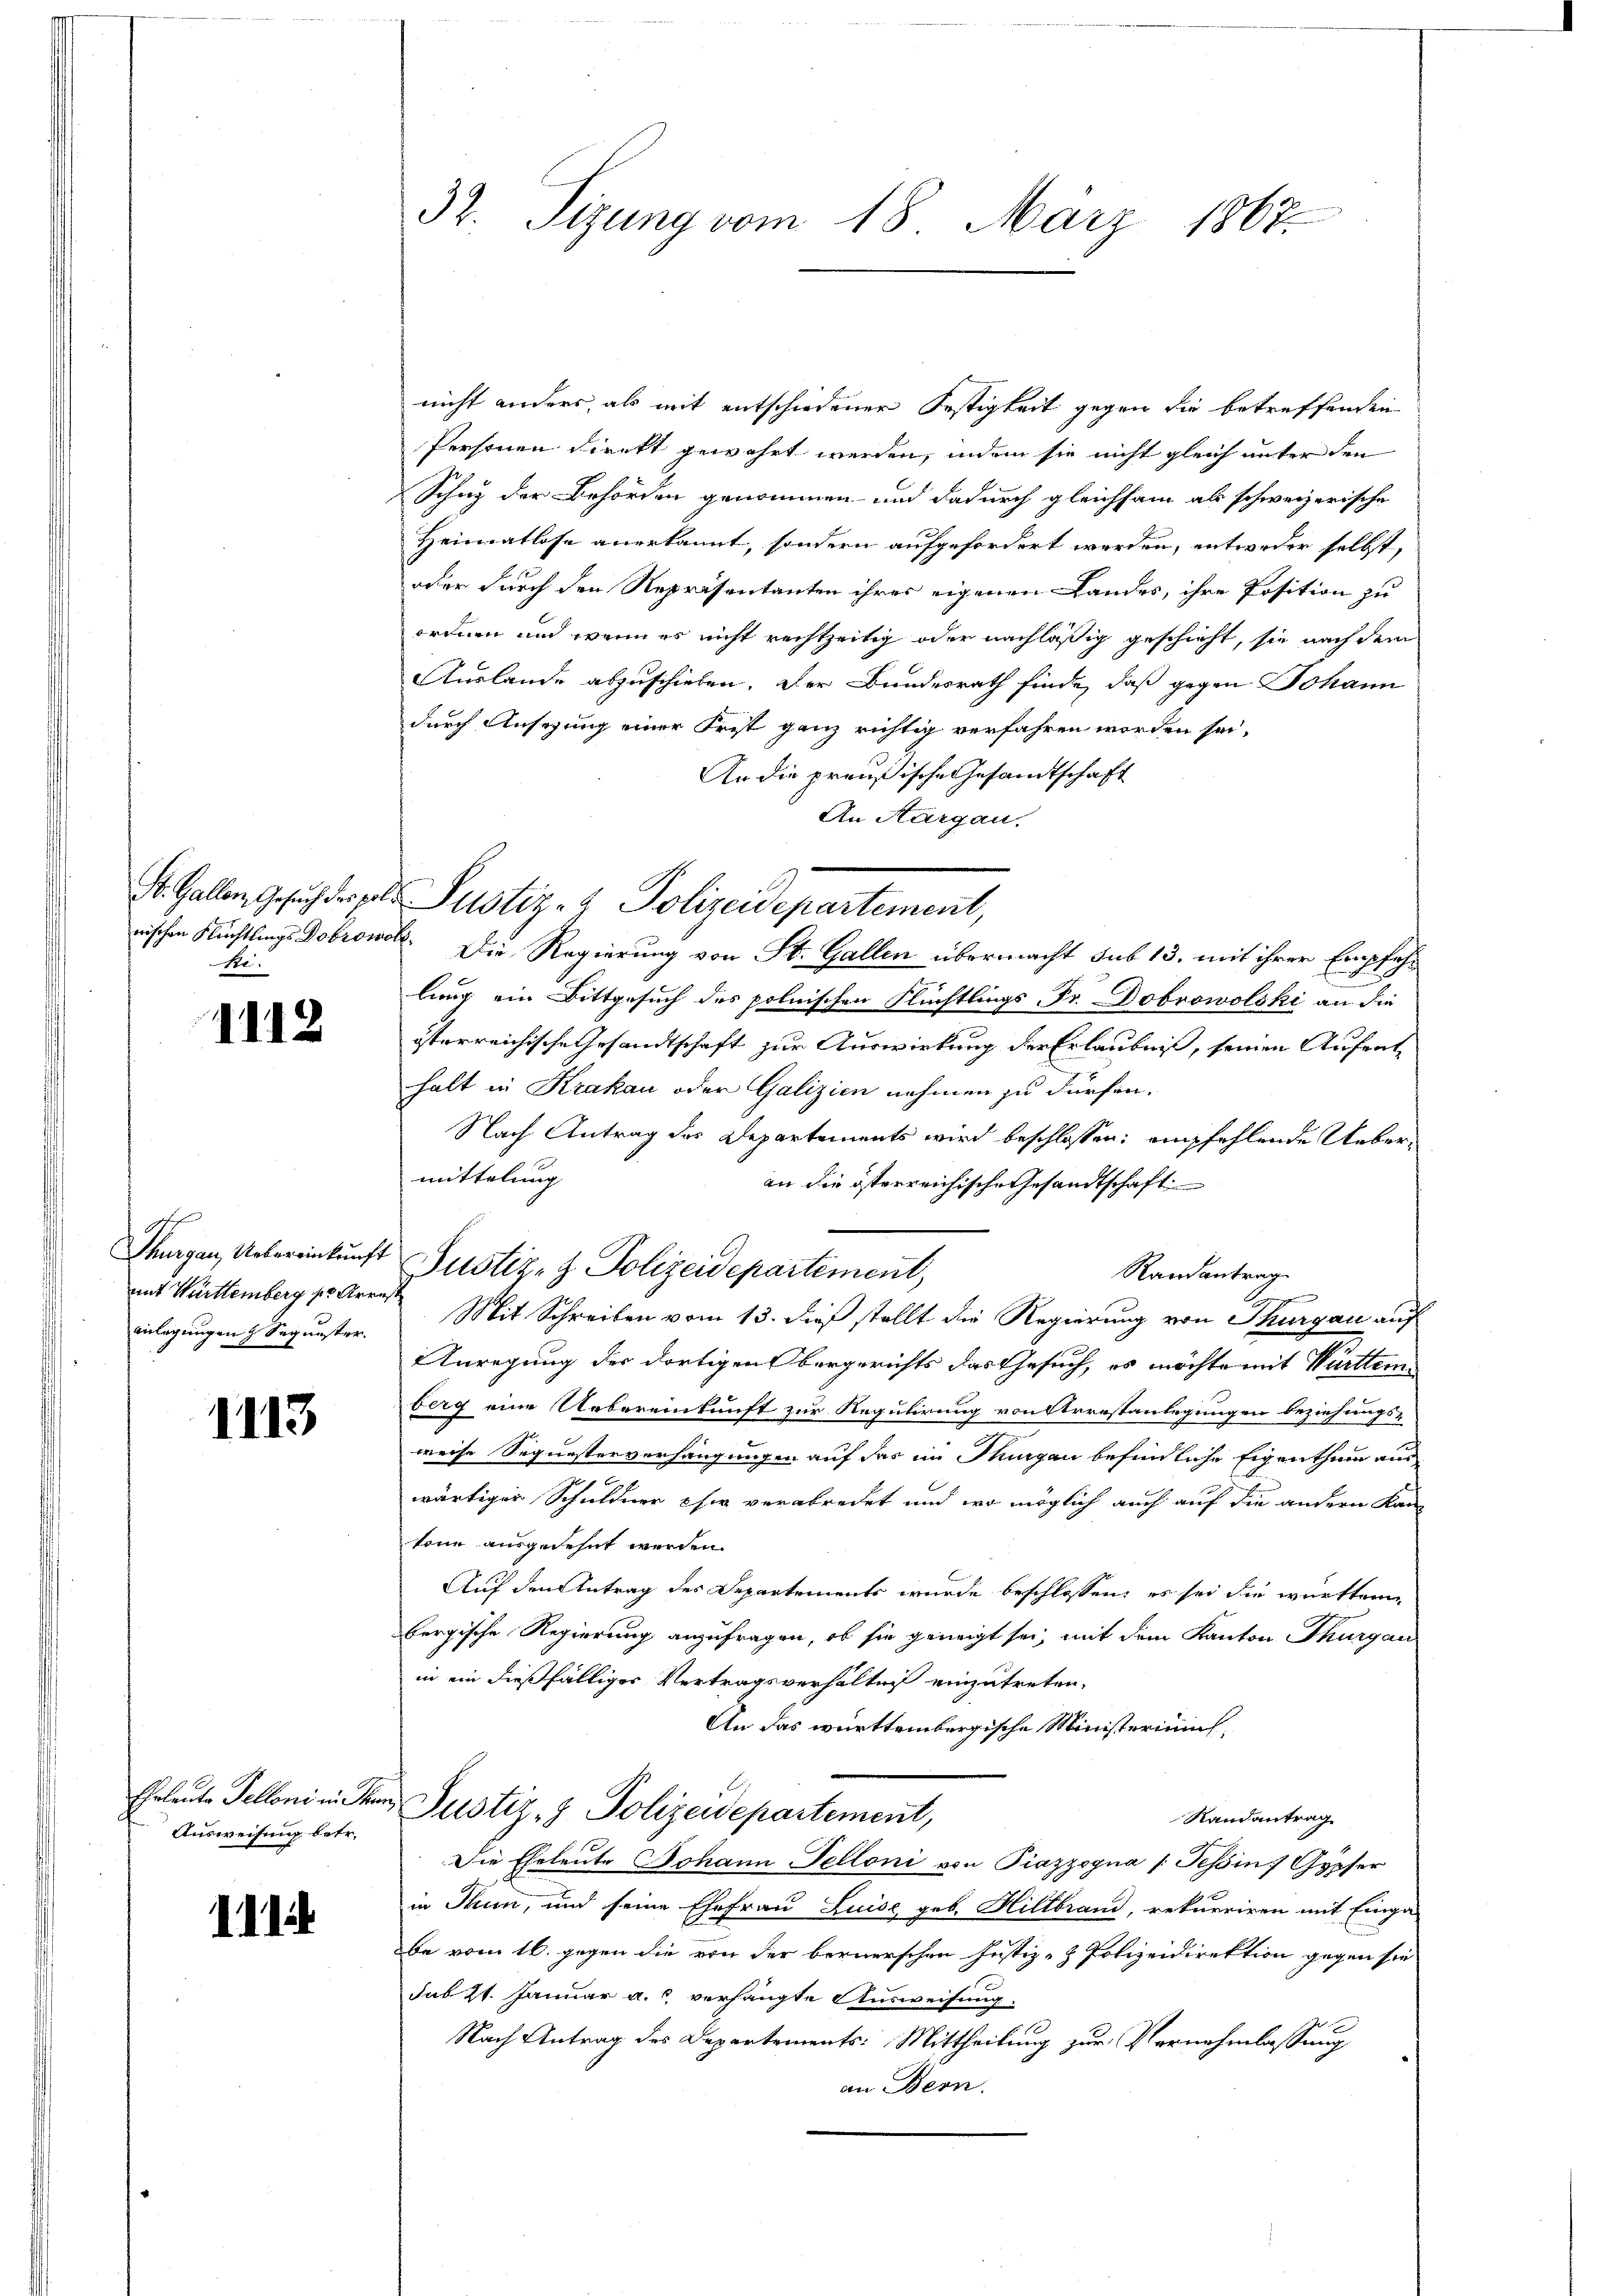
Re.

1112

Thurgau, Uebereinkunft
mit Württemberg sr. Arres.
inlegungen 4 Sequester.

1113

Ehrleute Telloni in The
Ausweisung betr.

III

32. Sizung vom 18. März 1867.

nicht anders, als mit entschiedener Festigkeit gegen die betreffenden
Personen Direkt gewährt werden, indem sie nicht gleich unter den
Schuz der Behörden genommen und dadurch gleichsam als schweizerische
Heimatlose anerkannt, sondern aufgefordert werden, entweder selbst,
oder durch den Repräsentanten ihres eigenen Landes, ihre Position zu
ordnen und wenn es nicht rechtzeitig oder nachläßig geschieht, sie nach dem
Auslande abzuschieben. Der Bundesrath finde, daß gegen Johann
durch Ansehung einer Frist ganz richtig verfahren worden sei,
An die preußische Gesandtschaft
An Aargau.
St. Gallen Gesuch der pol. Justiz- & Polizeidepartement,
nischen Flüchtlings Dobrowo. Die Regierung von St. Gallen übermacht sub 13. mit ihrer Empfehlung ein Bittgesuch des polnischen Flüchtlings- Fr. Dobrowolski an die
österreichische Gesandtschaft zur Auswirkung der Erlaubniß, seinen Aufrat
halt in Krakau oder Galizien nehmen zu dürfen.
Nach Antrag des Departements wird beschlossen: empfehlende Uebermittelung
an die österreichische Gesandtschaft
Randantrag
Mit Schreiben vom 13. dieß stellt die Regierung von Thurgau auf
Anregung des dortigen bergerichts das Gesuch, es möchte mit Württem
berg eine Uebereinkunft zur Regulirung von Arrestanlegungen beziehungs-
weise Sequesterverhängungen auf der im Thurgau befindliche Eigenthum aus
wärtiger Schuldner chi verabredet und wo möglich auch auf die andern Kan
tone ausgedehnt werden.
Auf den Antrag des Departements wurde beschlossen, es sei die württemhergische Regierung anzufragen, ob sie geneigt sei, mit dem Kanton Thurgau
in ein dießfälliger Vertragsverhalten einzutreten,
An das württembergische Ministerium,
Justiz- & Polizeidepartement,
Randantrag
Die Eheleute Johann Telloni von Piazzogna /: Tessin 7 Gypfer
in Thun, und seine Ehefrau Luise geb. Hiltbrand, rekurriren mit Einga-
be vom 16. gegen die von der bernerschen Justiz- & Polizeidirektion gegen sie
sub 21. Januar a. s. verhängte Ausweisung.
Nach Antrag des Departements: Mittheilung zur Vernehmlassung
an Bern.

Justiz- & Polizeidepartement,